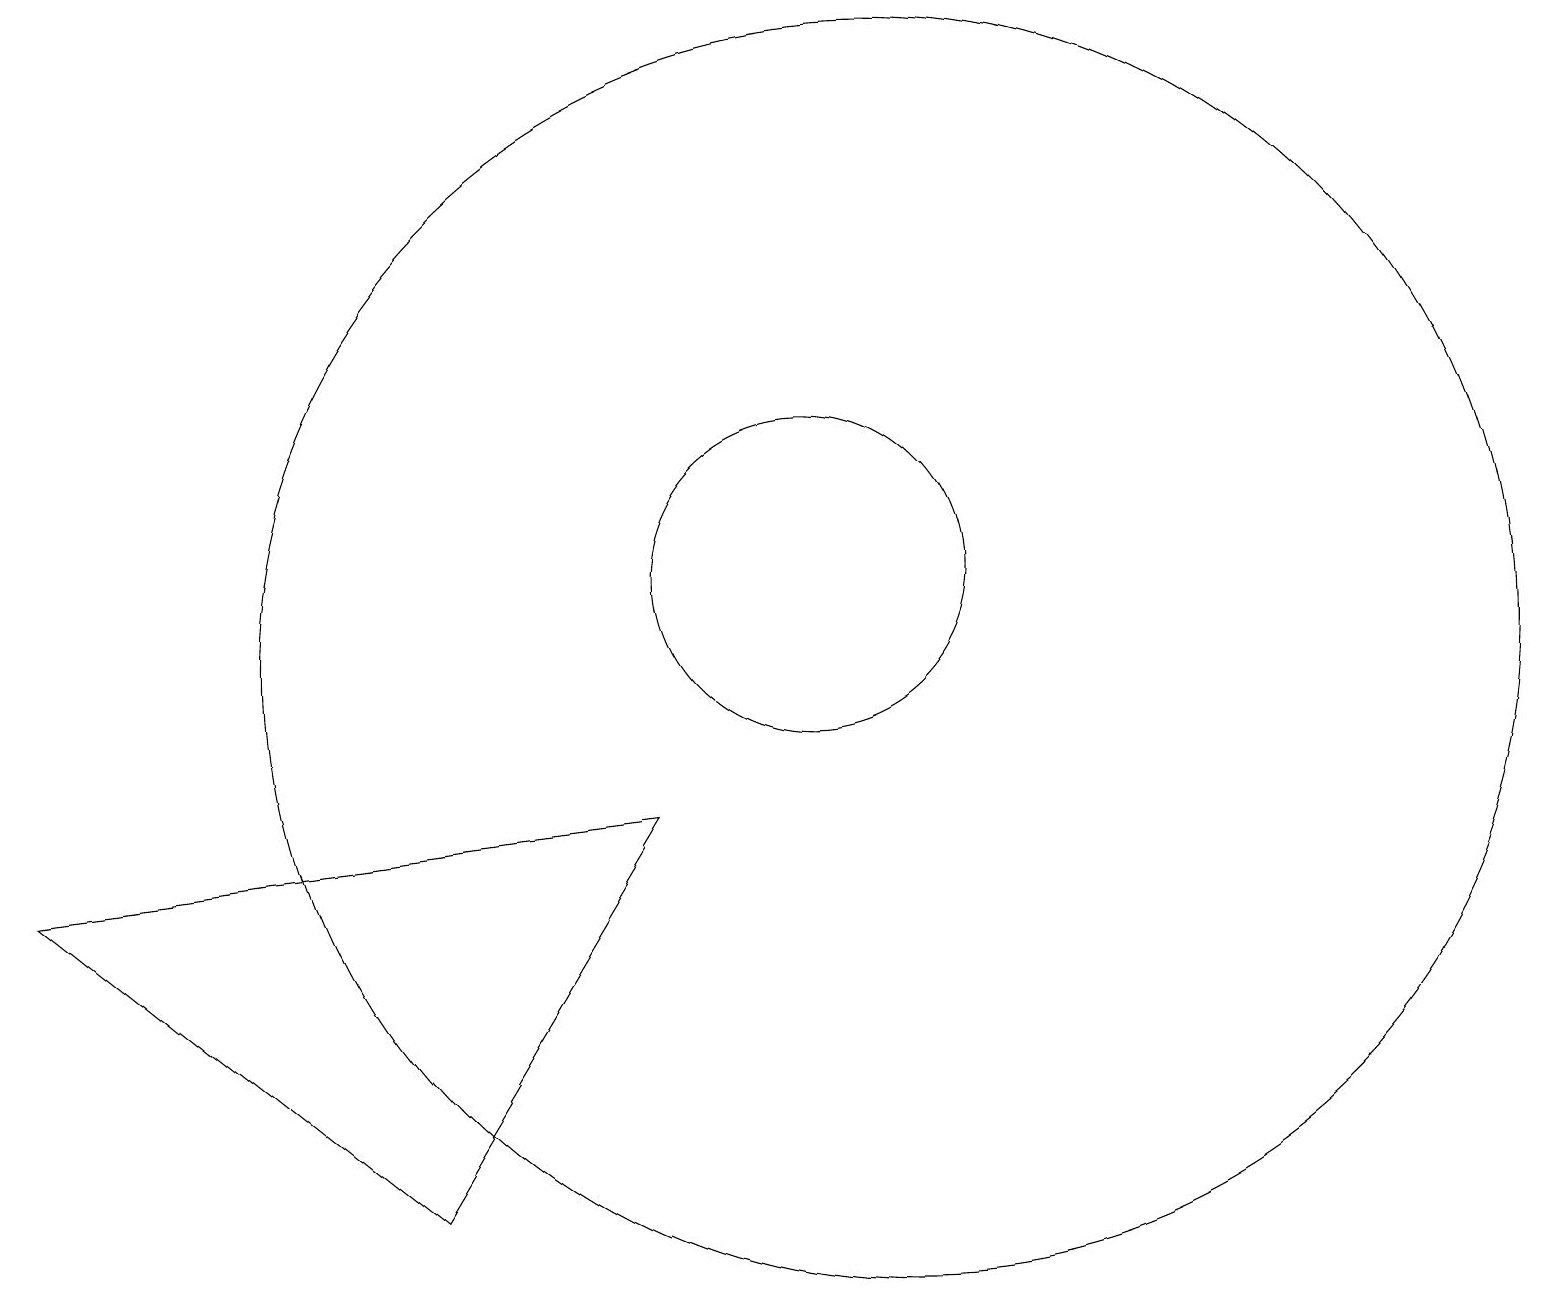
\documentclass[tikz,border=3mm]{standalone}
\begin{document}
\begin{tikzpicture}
\draw (10,11) circle (2);
\draw (11,10) circle (8);
\draw (0,7) -- (8,8) -- (5,3) -- cycle;
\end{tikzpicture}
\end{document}